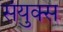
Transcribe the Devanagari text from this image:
संयुक्स